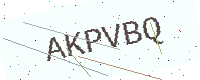
Text: AKPVBQ